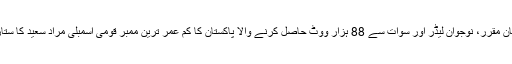
اپنے مخصوص انداز سے ٹی وی ٹاک شوز کو گرمانے والا شعلہ بیان مقرر، نوجوان لیڈر اور سوات سے 88 ہزار ووٹ حاصل کرنے والا پاکستان کا کم عمر ترین ممبر قومی اسمبلی مراد سعید کا ستارہ پچھلے کئی ماہ سے ڈگری اسکینڈل کی وجہ سے گردش میں ہے۔